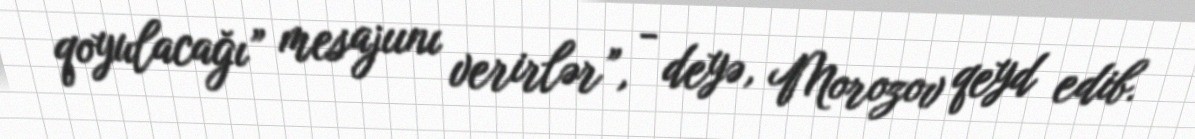
qoyulacağı” mesajıını verirlər”, - deyə, Morozov qeyd edib.